画像に写った文字を読んでください
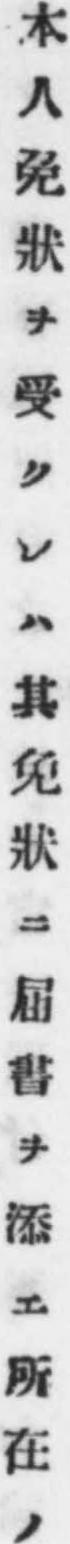
「本人免狀ヲ受クレハ其免狀ニ届書ヲ添エ所在ノ」と書いてあります